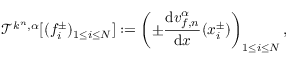
\mathcal { T } ^ { k ^ { n } , \alpha } [ ( f _ { i } ^ { \pm } ) _ { 1 \leq i \leq N } ] : = \left( \pm \frac { \mathrm { d } v _ { f , n } ^ { \alpha } } { \mathrm { d } x } ( x _ { i } ^ { \pm } ) \right) _ { 1 \leq i \leq N } ,